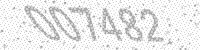
Solution: 007482